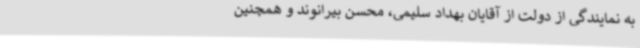
به نمایندگی از دولت از آقایان بهداد سلیمی، محسن بیرانوند و همچنین